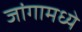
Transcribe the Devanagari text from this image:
जांगामध्ये